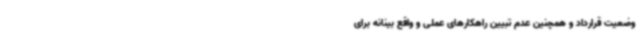
وضعیت قرارداد و همچنین عدم تبیین راهکارهای عملی و واقع بینانه برای